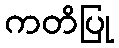
ကတိပြု